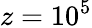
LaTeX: z=10^{5}